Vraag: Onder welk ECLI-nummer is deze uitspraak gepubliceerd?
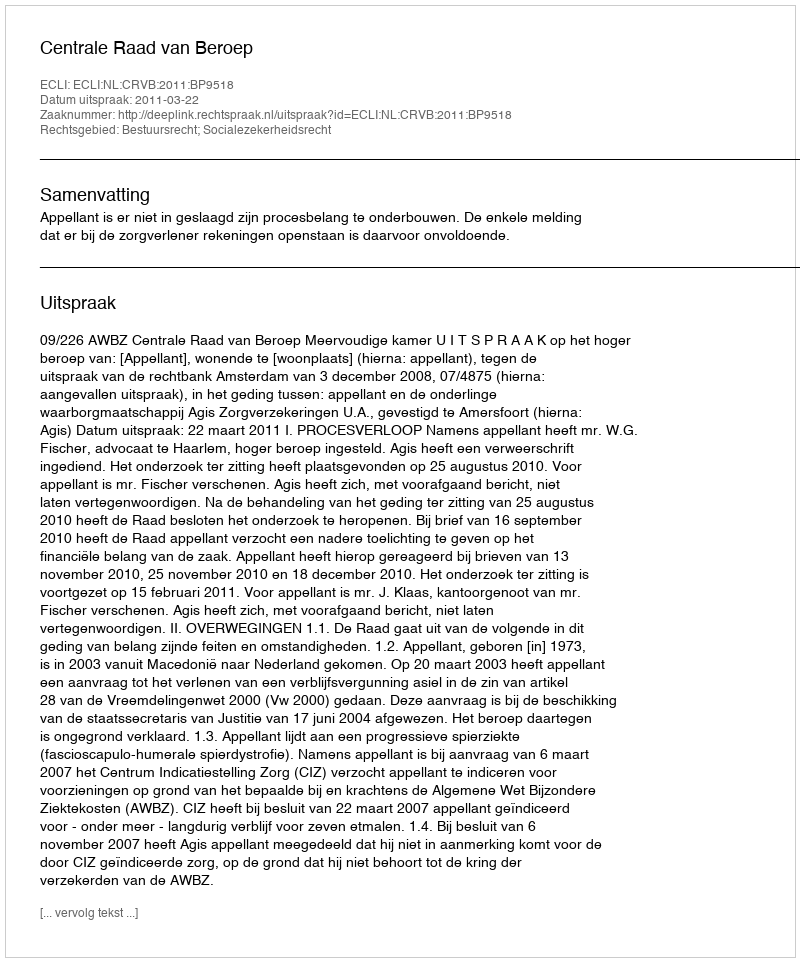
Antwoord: ECLI:NL:CRVB:2011:BP9518